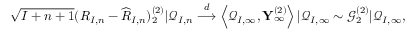
\begin{array} { r } { \sqrt { I + n + 1 } ( R _ { I , n } - \widehat { R } _ { I , n } ) _ { 2 } ^ { ( 2 ) } | \mathcal { Q } _ { I , n } \overset { d } { \longrightarrow } \left\langle \mathcal { Q } _ { I , \infty } , \mathbf { Y } _ { \infty } ^ { ( 2 ) } \right\rangle | \mathcal { Q } _ { I , \infty } \sim \mathcal { G } _ { 2 } ^ { ( 2 ) } | \mathcal { Q } _ { I , \infty } , } \end{array}